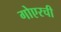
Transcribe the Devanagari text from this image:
गोएरची